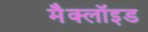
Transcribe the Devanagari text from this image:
मैक्लॉइड